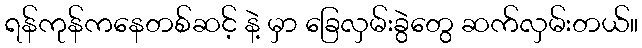
ရန်ကုန်ကနေတစ်ဆင့် နဲ့ မှာ ခြေလှမ်းခွဲတွေ ဆက်လှမ်းတယ်။